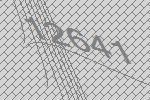
12641